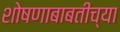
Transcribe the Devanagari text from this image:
शोषणाबाबतीच्या